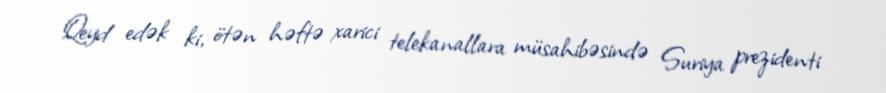
Qeyd edək ki, ötən həftə xarici telekanallara müsahibəsində Suriya prezidenti